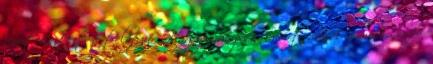
amit mutat a televízió. Hagyományosan miért mesél a mesemondó,